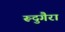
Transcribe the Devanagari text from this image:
रूदुगैरा